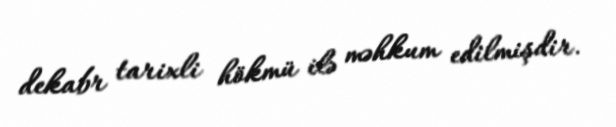
dekabr tarixli hökmü ilə məhkum edilmişdir.